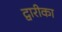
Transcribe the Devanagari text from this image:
द्वारीका